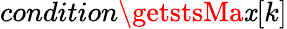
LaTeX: condition\getstsMa\mathit{x}[k]